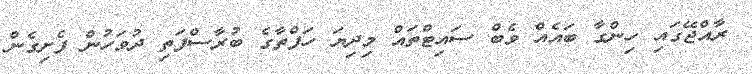
ރާއްޖޭގައި ހިންގާ ބައެއް ވެބް ސައިޓްތައް މިދިޔަ ހަފްތާގެ ބުރާސްފަތި ދުވަހުން ފެށިގެން